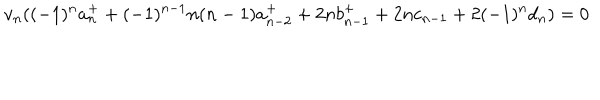
v _ { n } ( ( - 1 ) ^ { n } a _ { n } ^ { + } + ( - 1 ) ^ { n - 1 } n ( n - 1 ) a _ { n - 2 } ^ { + } + 2 n b _ { n - 1 } ^ { + } + 2 n c _ { n - 1 } + 2 ( - 1 ) ^ { n } d _ { n } ) = 0 \,